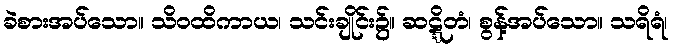
ခဲစားအပ်သော။ သိဝထိကာယ၊ သင်းချိုင်း၌။ ဆဋ္ဋိတံ၊ စွန့်အပ်သော။ သရိရံ၊